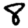
Digit: 8